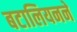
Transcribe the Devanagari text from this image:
बटालियनने